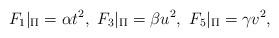
LaTeX: \begin{align*}F_1|_{\Pi} = \alpha t^2, \ F_3|_{\Pi} = \beta u^2, \ F_5|_{\Pi} = \gamma v^2,\end{align*}